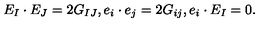
E _ { I } \cdot E _ { J } = 2 G _ { I J } , e _ { i } \cdot e _ { j } = 2 G _ { i j } , e _ { i } \cdot E _ { I } = 0 .